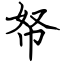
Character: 帑